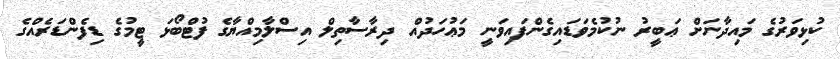
ކުޅިވަރުގެ މައިދާނަށް ޢަބީރު ނުކުމެވަޑައިގެންފައިވަނީ މަޢުހަދުއް ދިރާސާތިލް އިސްލާމިއްޔާގެ ފުޓްބޯޅަ ޓީމުގެ ޑިފެންޑަރެއްގެ